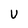
Character: u